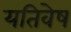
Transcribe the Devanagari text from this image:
यतिवेष